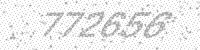
Solution: 772656